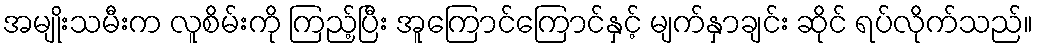
အမျိုးသမီးက လူစိမ်းကို ကြည့်ပြီး အူကြောင်ကြောင်နှင့် မျက်နှာချင်း ဆိုင် ရပ်လိုက်သည်။